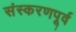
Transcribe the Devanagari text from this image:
संस्करणपूर्व